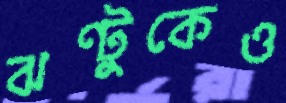
ঝণ্টুকেও